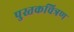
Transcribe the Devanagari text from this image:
पुस्तकचित्रण